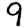
Digit: 9